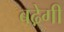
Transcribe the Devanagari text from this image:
बढे़गी